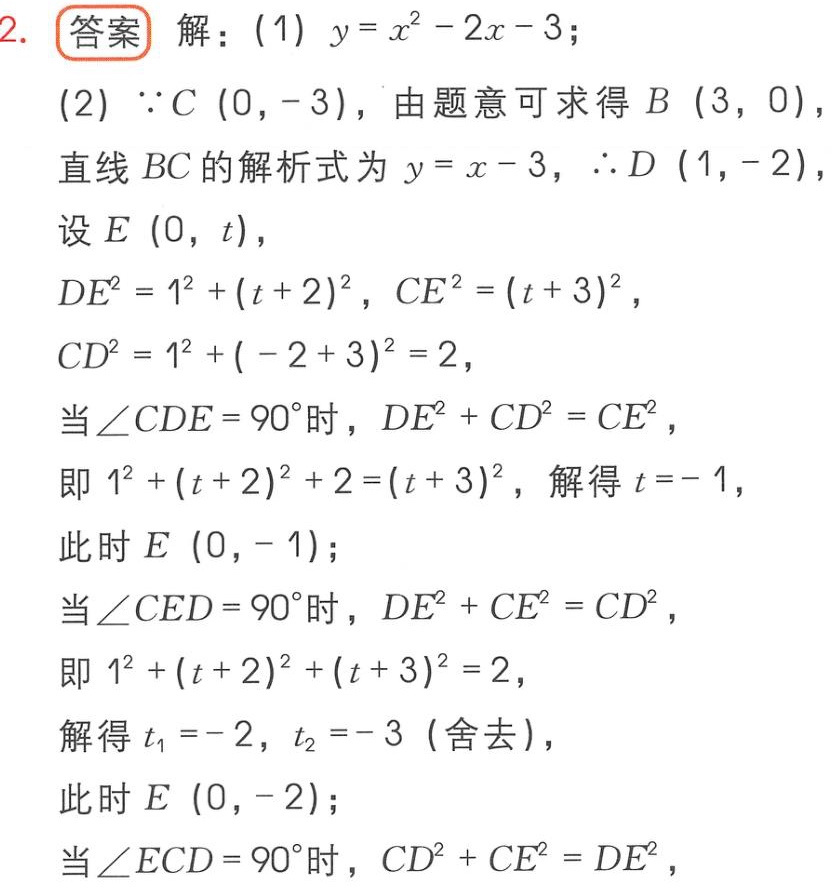
2. 答案 解：(1) \(y = x^{2}-2x - 3\)；

(2) \(\because C(0,-3)\)，由题意可求得 \(B(3,0)\)，

直线 \(BC\) 的解析式为 \(y = x - 3\)，\(\therefore D(1,-2)\)

设 \(E(0,t)\)，

\(DE^{2}=1^{2}+(t + 2)^{2}\)，\(CE^{2}=(t + 3)^{2}\)，

\(CD^{2}=1^{2}+(-2 + 3)^{2}=2\)，

当 \(\angle CDE = 90^{\circ}\) 时，\(DE^{2}+CD^{2}=CE^{2}\)，

即 \(1^{2}+(t + 2)^{2}+2=(t + 3)^{2}\)，解得 \(t=-1\)，

此时 \(E(0,-1)\)；

当 \(\angle CED = 90^{\circ}\) 时，\(DE^{2}+CE^{2}=CD^{2}\)，

即 \(1^{2}+(t + 2)^{2}+(t + 3)^{2}=2\)，

解得 \(t_{1}=-2\)，\(t_{2}=-3\) (舍去)，

此时 \(E(0,-2)\)；

当 \(\angle ECD = 90^{\circ}\) 时，\(CD^{2}+CE^{2}=DE^{2}\)，